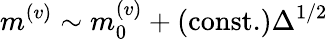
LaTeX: m^{(v)}\sim m_{0}^{(v)}+(\mathrm{const.})\Delta^{1/2}